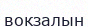
вокзалын